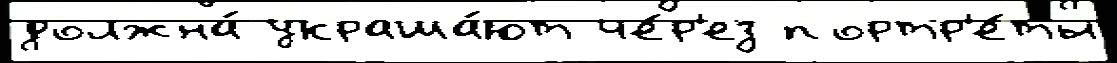
должна́ украша́ют че́р'ез портр'е́ты